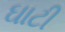
ઘાટી